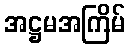
အဋ္ဌမအကြိမ်